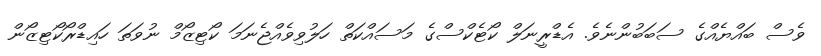
ވެސް ބައްޔެއްގެ ސަބަބުންނެވެ. އެޑްރީނަލް ކޯޓެކްސްގެ މަސައްކަތް ހަލުވިވެއްޖެނަމަ ކޯޓިޒޯމް ނުވަތަ ހައިޑްރޯކޯޓިޒޯން